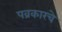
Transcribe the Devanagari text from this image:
पव्रकारचे